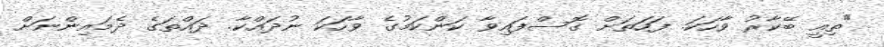
"ތިއީ ބޭކާރު ވާހަކަ. ފަހަތަށް ގޮސްފައިވާ ކަންކަމުގެ ވާހަކަ ނުދައްކާ. ދައްތަގެ ދެމައިންނަށް